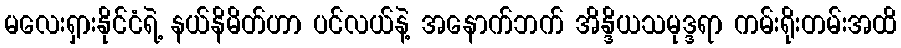
မလေးရှားနိုင်ငံရဲ့ နယ်နိမိတ်ဟာ ပင်လယ်နဲ့ အနောက်ဘက် အိန္ဒိယသမုဒ္ဒရာ ကမ်းရိုးတမ်းအထိ